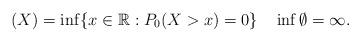
LaTeX: \begin{gather*}(X)=\inf\{x\in\mathbb{R}:P_0(X>x)=0\}\quad\inf\emptyset=\infty.\end{gather*}